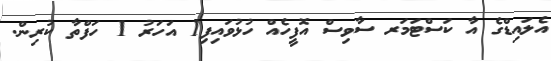
އެލައިޑްގެ އާ ކަސްޓަމަރ ސާވިސް އޮފީހެއް ހުޅުވައިފި1 އަހަރު 1 ހަފްތާ ކުރިން.